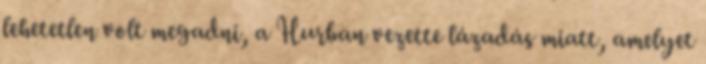
lehetetlen volt megadni, a Hurban vezette lázadás miatt, amelyet